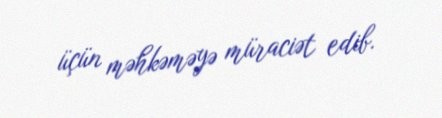
üçün məhkəməyə müraciət edib.